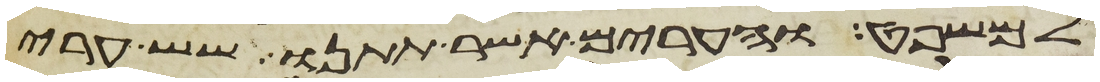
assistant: למשפט והערים אשר תתנו שש ערי